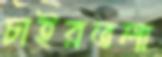
চাইরতলা